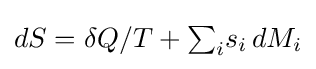
dS=\delta Q/T+\textstyle {\sum _{i}}s_{i}\,dM_{i}